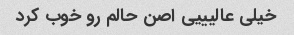
خیلی عالیییی اصن حالم رو خوب کرد